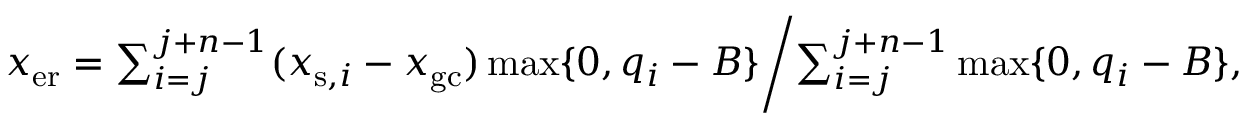
\begin{array} { r } { x _ { \mathrm { e r } } = \sum _ { i = j } ^ { j + n - 1 } ( x _ { \mathrm { s } , i } - x _ { \mathrm { g c } } ) \operatorname* { m a x } \{ 0 , q _ { i } - B \} \Biggl / \sum _ { i = j } ^ { j + n - 1 } \operatorname* { m a x } \{ 0 , q _ { i } - B \} , } \end{array}